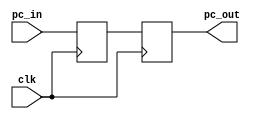
`timescale 1ns / 1ps

module Register_PC (clk, pc_in, pc_out);

input wire clk;
input wire [9:0] pc_in;
reg [9:0]pc;
output reg [9:0] pc_out;

always @(posedge clk) // lee en el posedge
begin
    pc<=pc_in;
end 
always @(negedge clk) // escritura en el negedge
begin
	pc_out<=pc;
end

endmodule